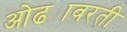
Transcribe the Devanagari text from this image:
ओढ्यावरती